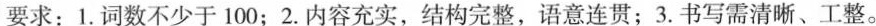
要求：1.词数不少于100；2.内容充实，结构完整，语意连贯；3.书写需清晰、工整。